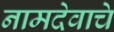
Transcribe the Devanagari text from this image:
नामदेवाचे